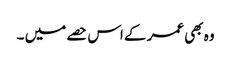
وہ بھی عمر کے اس حصے میں ۔